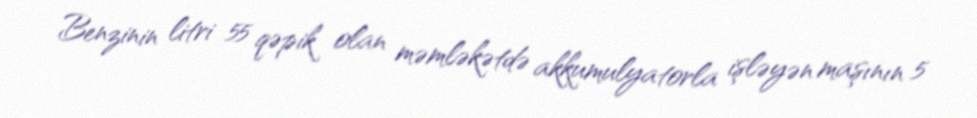
Benzinin litri 55 qəpik olan məmləkətdə akkumulyatorla işləyən maşının 5